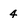
Character: 4